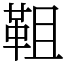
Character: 靻